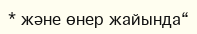
* және өнер жайында“